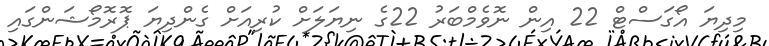
މިދިޔަ އޯގަސްޓް 22 އިން ނޮވެމްބަރު 22ގެ ނިޔަލަށް ކުރިއަށް ގެންދިޔަ ޕޮރޮމޯޝަންގައި